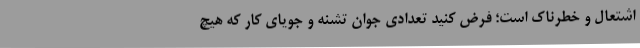
اشتعال و خطرناک است؛ فرض کنید تعدادی جوان تشنه و جویای کار که هیچ